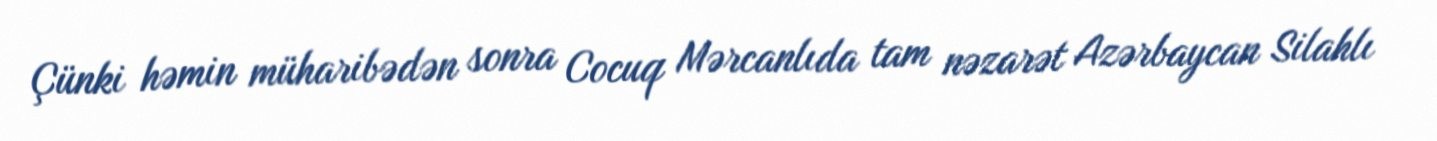
Çünki həmin müharibədən sonra Cocuq Mərcanlıda tam nəzarət Azərbaycan Silahlı